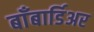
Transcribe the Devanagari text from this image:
बाँबार्डिअर